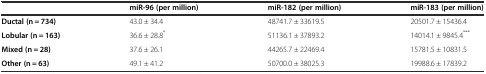
|  | miR-96 (per million) | miR-182 (per million) | miR-183 (per million) |
 | --- | --- | --- | --- |
 | Ductal (n = 734) | 43.0 ± 34.4 | 48741.7 ± 33619.5 | 20501.7 ± 15436.4 |
 | Lobular (n = 163) | 36.6 ± 28.8* | 51136.1 ± 37893.2 | 14014.1 ± 9845.4*** |
 | Mixed (n = 28) | 37.6 ± 26.1 | 44265.7 ± 22469.4 | 15781.5 ± 10831.5 |
 | Other (n = 63) | 49.1 ± 41.2 | 50700.0 ± 38025.3 | 19988.6 ± 17839.2 |